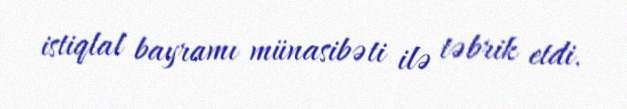
istiqlal bayramı münasibəti ilə təbrik etdi.